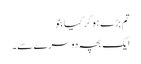
تم بڑے ہو کر کیا بنو
ایک بچہ دوسرے سے۔